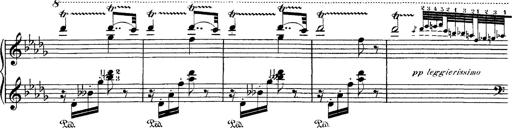
Title: Hungarian Rhapsody No.1
Composer: Franz Liszt
Key: C-sharp minor